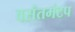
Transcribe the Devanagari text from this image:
वसंतमंटप